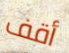
أقف